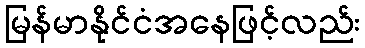
မြန်မာနိုင်ငံအနေဖြင့်လည်း